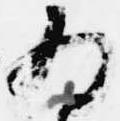
為